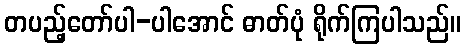
တပည့်တော်ပါ-ပါအောင် ဓာတ်ပုံ ရိုက်ကြပါသည်။